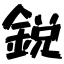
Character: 鋭